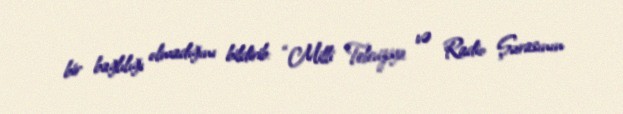
bir bağlılığı olmadığını bildirib: “Milli Televiziya və Radio Şurasının